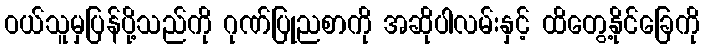
ဝယ်သူမှပြန်ပို့သည်ကို ဂုဏ်ပြုညစာကို အဆိုပါလမ်းနှင့် ထိတွေ့နိုင်ခြေကို